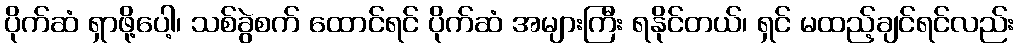
ပိုက်ဆံ ရှာဖို့ပေါ့၊ သစ်ခွဲစက် ထောင်ရင် ပိုက်ဆံ အများကြီး ရနိုင်တယ်၊ ရှင် မထည့်ချင်ရင်လည်း